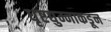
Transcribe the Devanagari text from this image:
धृष्टद्युम्नाकडून